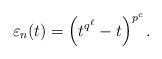
LaTeX: \begin{align*}\varepsilon_n(t)=\left(t^{q^\ell}-t \right)^{p^c}.\end{align*}